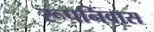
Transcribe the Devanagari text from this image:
रूपनिवास